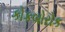
કોકબોરોક